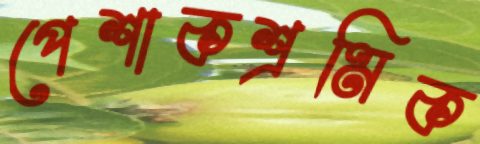
পেশাকশ্রমিক